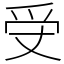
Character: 𤓾